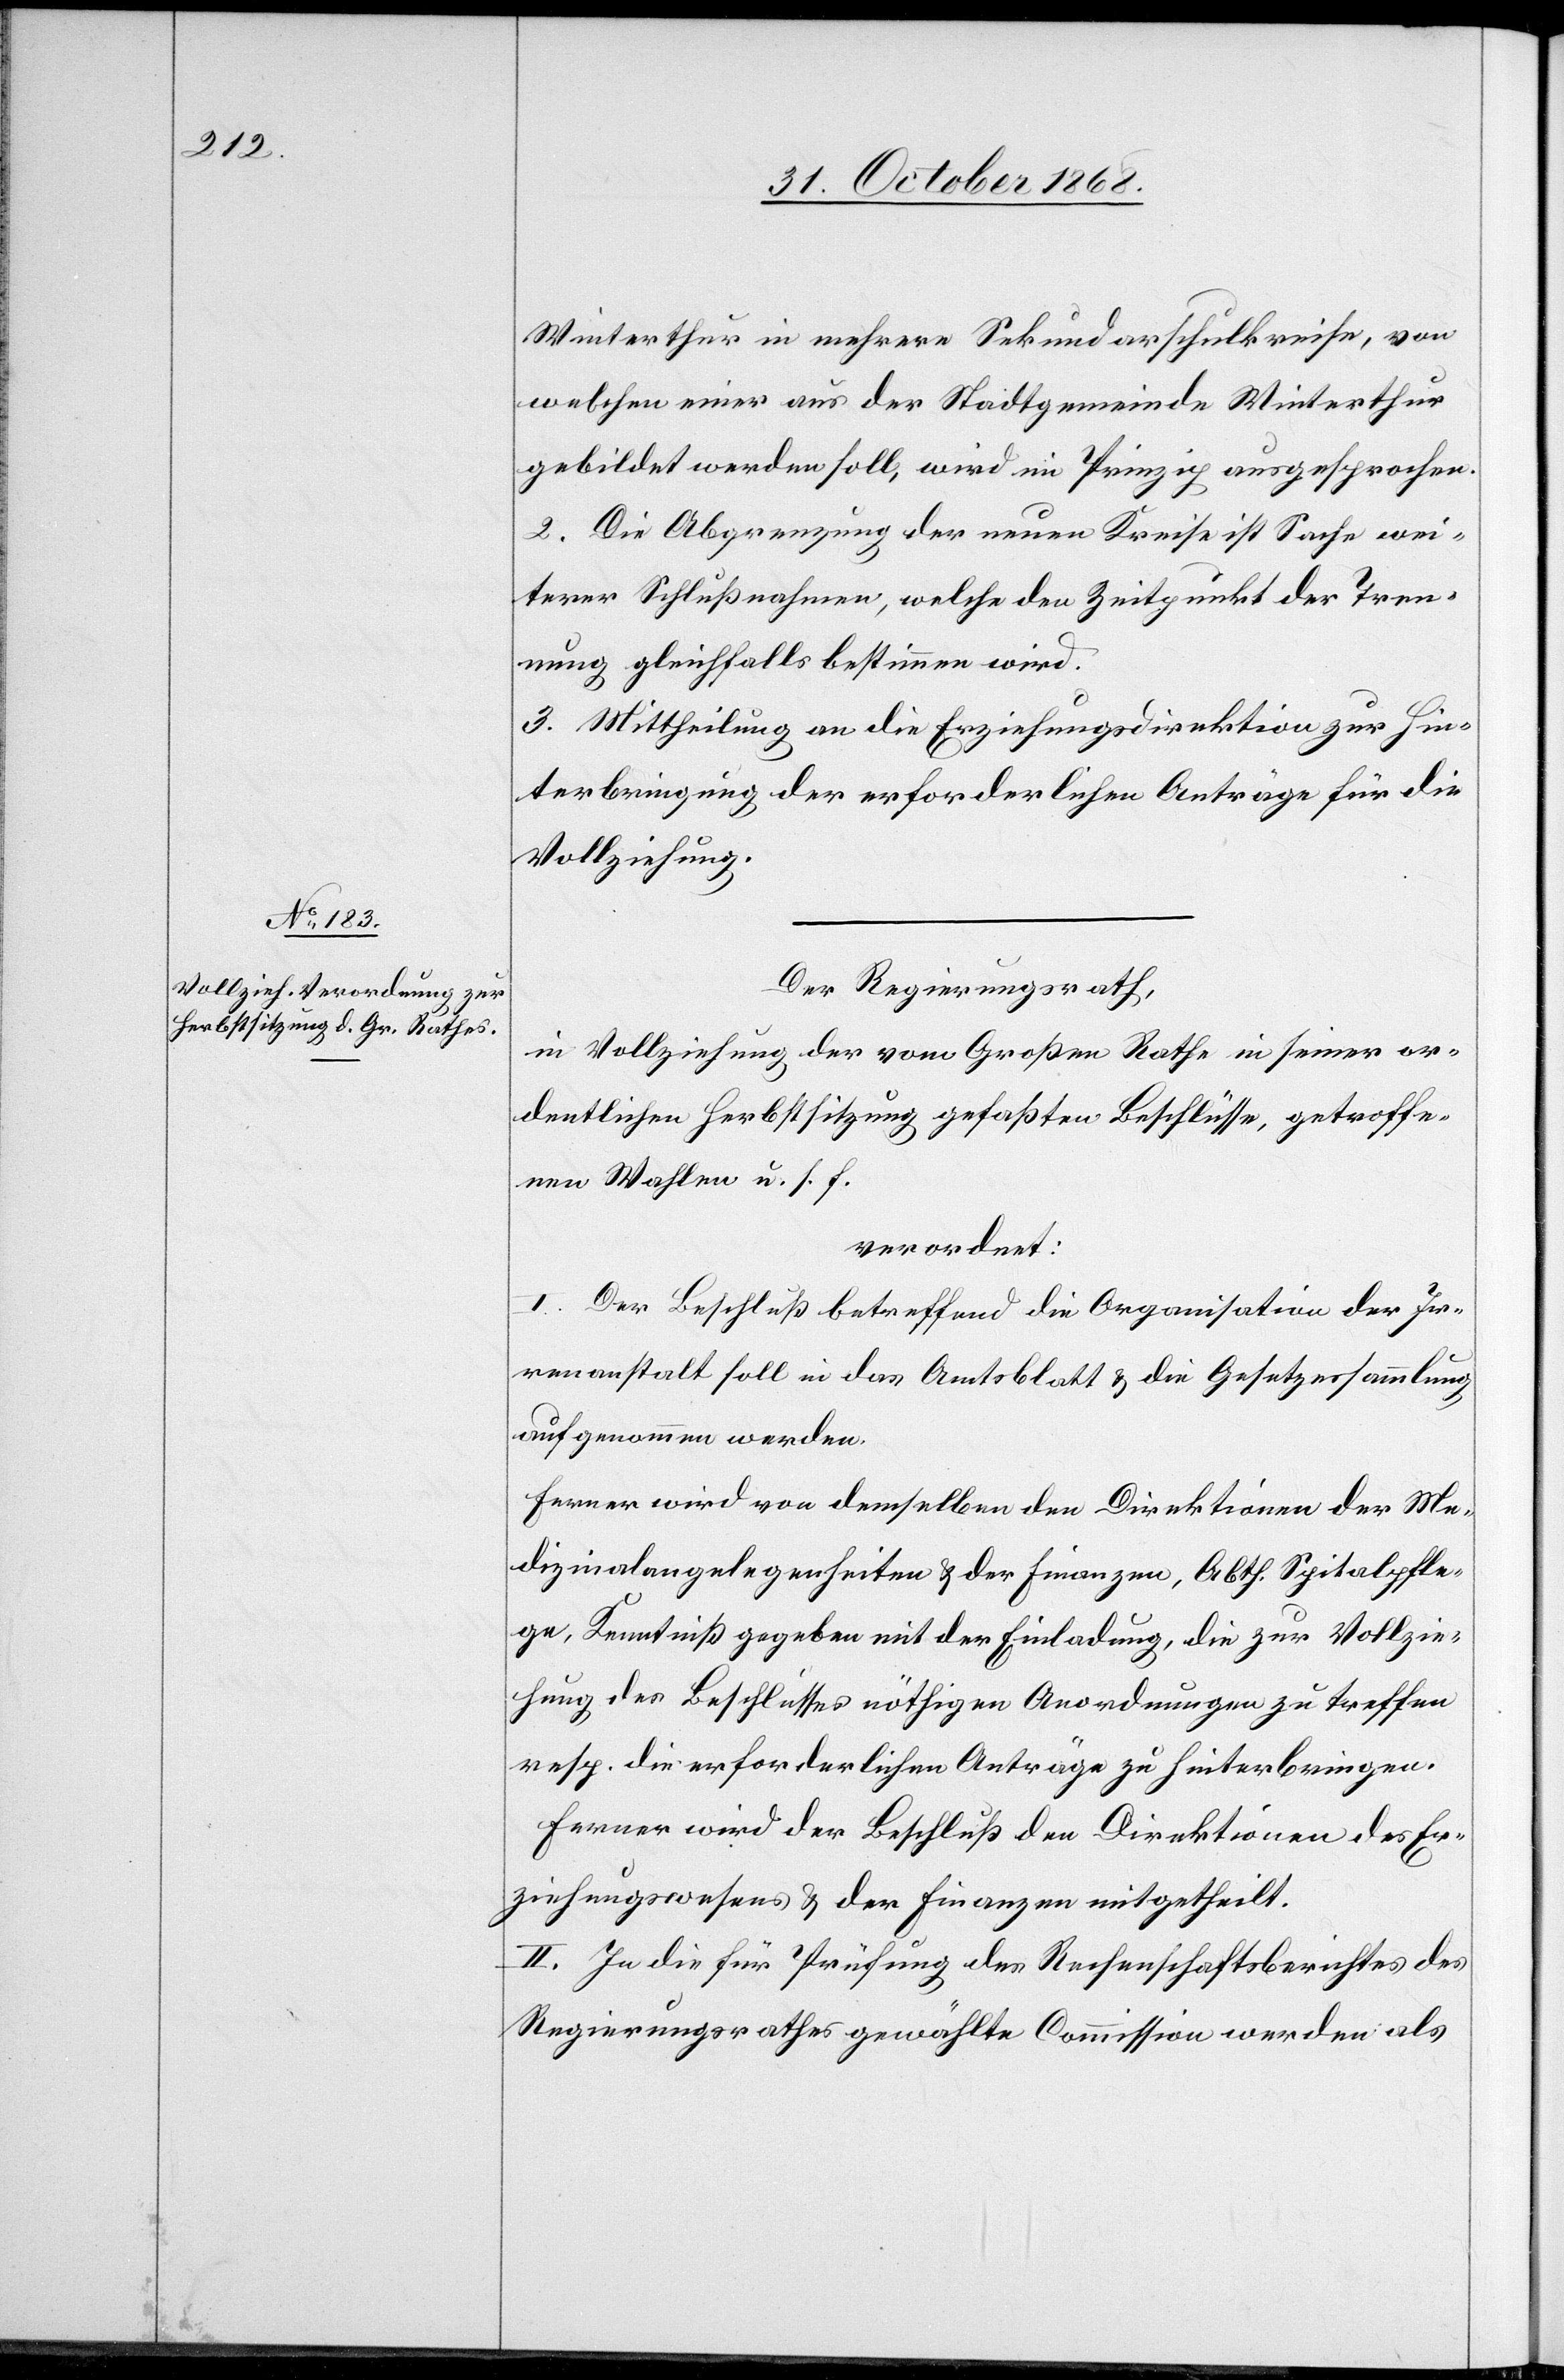
Winterthur in mehrere Sekundarschulkreise, von
welchen einer aus der Stadtgemeinde Winterthur
gebildet werden soll, wird im Prinzip ausgesprochen.
2. Die Abgrenzung der neuen Kreise ist Sache wei¬
terer Schlußnahmen, welche den Zeitpunkt der Tren¬
nung gleichfalls bestimmen wird.
3. Mittheilung an die Erziehungsdirektion zur Hin¬
terbringung der erforderlichen Anträge für die
Vollziehung.
Der Regierungsrath,
in Vollziehung der vom Großen Rathe in seiner or¬
dentlichen Herbstsitzung gefaßten Beschlüsse, getroffe¬
nen Wahlen u. s. f.
verordnet:
I. Der Beschluß betreffend die Organisation der Ir¬
renanstalt soll in das Amtsblatt & die Gesetzessammlung
aufgenommen werden.
Ferner wird von demselben den Direktionen der Me¬
dizinalangelegenheiten & der Finanzen, Abth. Spitalpfle¬
ge, Kenntniß gegeben mit der Einladung, die zur Vollzie¬
hung des Beschlusses nöthigen Anordnungen zu treffen
resp. die erforderlichen Anträge zu hinterbringen.
Ferner wird der Beschluß den Direktionen des Er¬
ziehungswesens & der Finanzen mitgetheilt.
II. In die für Prüfung des Rechenschaftsberichtes des
Regierungsrathes gewählte Commission werden als